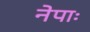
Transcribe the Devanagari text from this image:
नेपाः